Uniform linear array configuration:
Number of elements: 8
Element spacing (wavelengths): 0.75
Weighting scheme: blackman
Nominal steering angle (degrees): -30
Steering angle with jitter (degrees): -30.176
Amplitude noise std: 0.05
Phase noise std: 0.05

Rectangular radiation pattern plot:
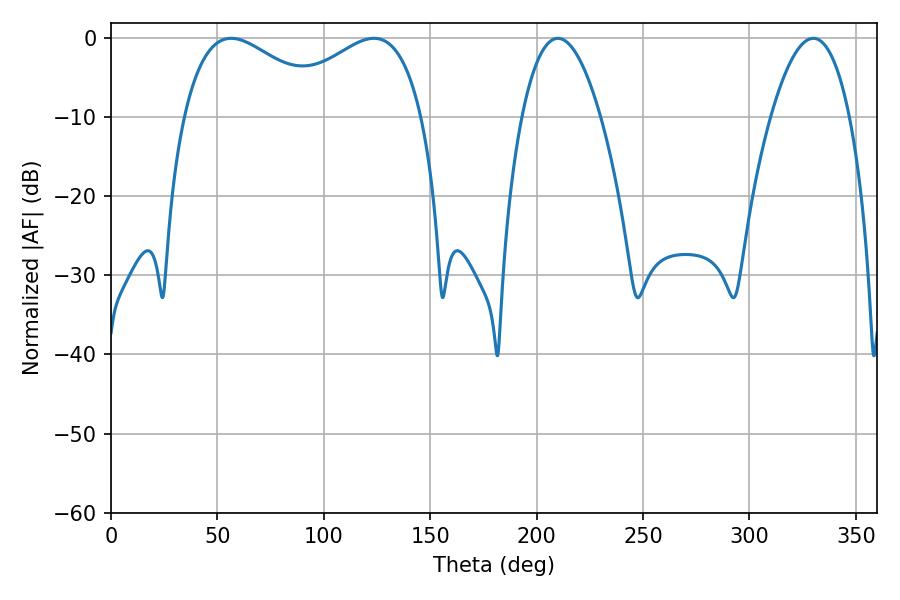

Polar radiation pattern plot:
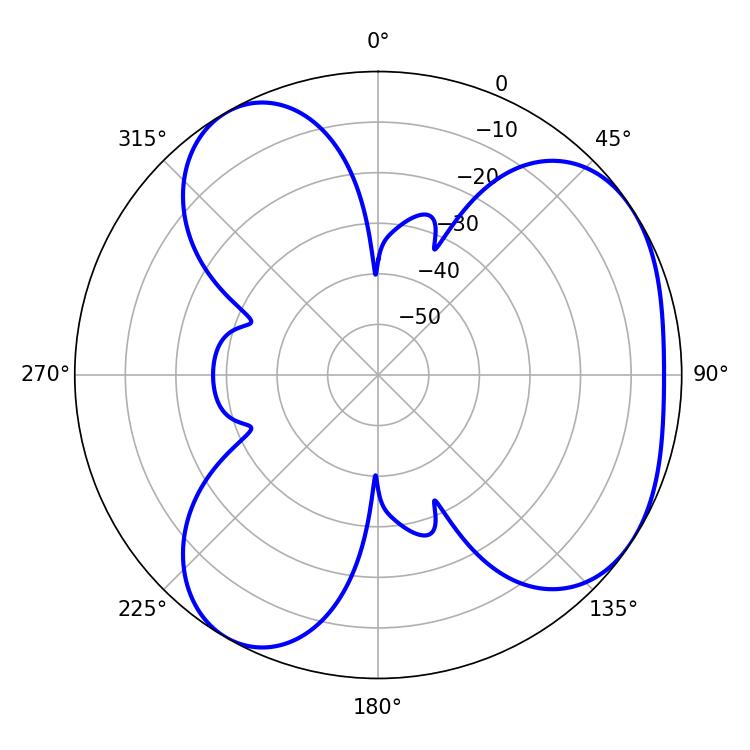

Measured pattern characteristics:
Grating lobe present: TRUE
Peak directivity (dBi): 4.487
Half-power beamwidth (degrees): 38.16
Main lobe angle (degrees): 56.52